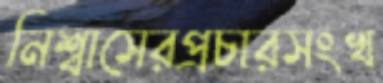
নিশ্বাসেরপ্রচারসংখ